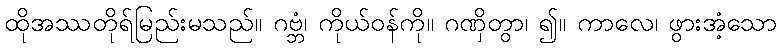
ထိုအဿတိုရ်မြည်းမသည်။ ဂဗ္ဘံ၊ ကိုယ်ဝန်ကို။ ဂဏှိတွာ၊ ၍။ ကာလေ၊ ဖွားအံ့သော